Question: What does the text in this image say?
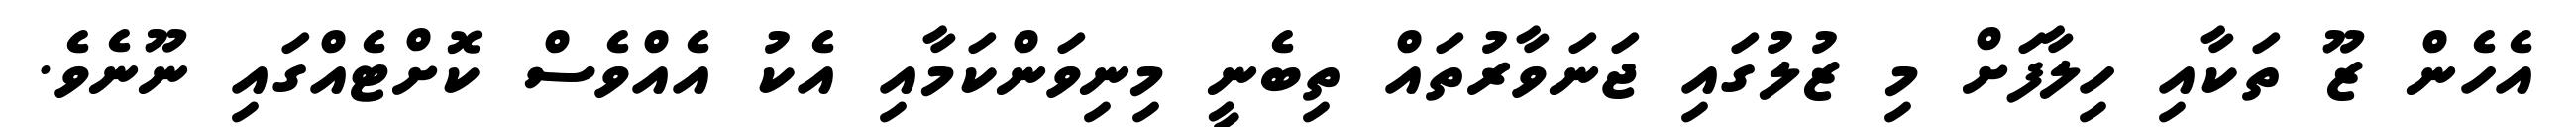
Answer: އެހެން ޒޫ ތަކާއި ހިލާފަށް މި ޒުލުގައި ޖަނަވާރުތައް ތިބެނީ މިނިވަންކަމާއި އެކު އެއްވެސް ކޮށްޓެއްގައި ނޫނެވެ.